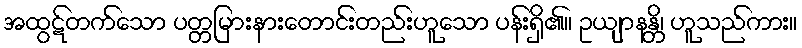
အထွဋ်တက်သော ပတ္တမြားနားတောင်းတည်းဟူသော ပန်းရှိ၏။ ဥယျာနန္တိ၊ ဟူသည်ကား။